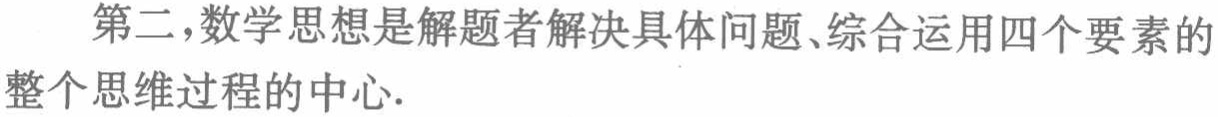
第二，数学思想是解题者解决具体问题、综合运用四个要素的整个思维过程的中心.